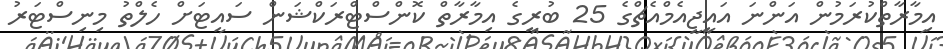
އިމާރާތްކުރަމުން އަންނަ އައީޖީއެމްއެޗްގެ 25 ބުރީގެ އިމާރާތް ކޮންސްޓްރަކްޝަން ސައިޓަށް ހެލްތު މިނިސްޓަރު